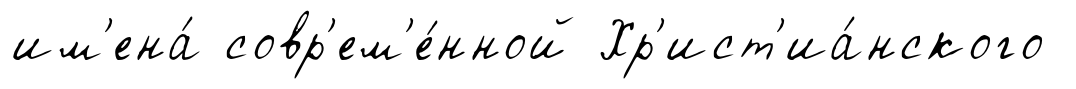
им'ена́ совр'ем'е́нной Хр'ист'иа́нского